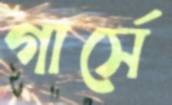
গার্সে